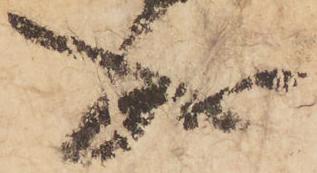
成